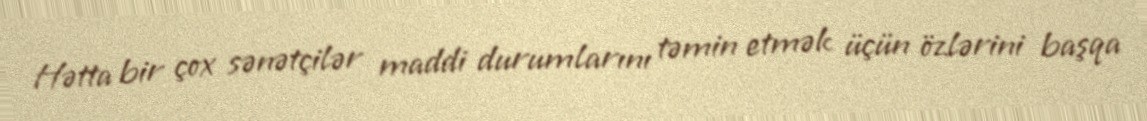
Hətta bir çox sənətçilər maddi durumlarını təmin etmək üçün özlərini başqa